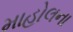
માહોલના